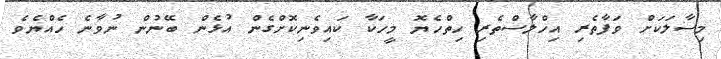
މިސާލަކަށް ވަފާތެރި އިހްލާސްތެރި ހިތްހެޔޮ މީހަކާ ކައިވެނިކޮށްގެން އުޅެން ބޭނުން ނުވާނެ ހެއްޔެވެ